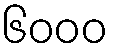
၆၀၀၀